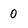
Character: 0